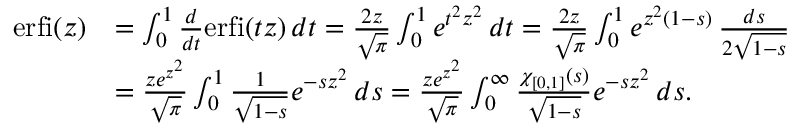
\begin{array} { r l } { \mathrm { e r f i } ( z ) } & { = \int _ { 0 } ^ { 1 } \frac { d } { d t } \mathrm { e r f i } ( t z ) \, d t = \frac { 2 z } { \sqrt { \pi } } \int _ { 0 } ^ { 1 } e ^ { t ^ { 2 } z ^ { 2 } } \, d t = \frac { 2 z } { \sqrt { \pi } } \int _ { 0 } ^ { 1 } e ^ { z ^ { 2 } ( 1 - s ) } \, \frac { d s } { 2 \sqrt { 1 - s } } } \\ & { = \frac { z e ^ { z ^ { 2 } } } { \sqrt { \pi } } \int _ { 0 } ^ { 1 } \frac { 1 } { \sqrt { 1 - s } } e ^ { - s z ^ { 2 } } \, d s = \frac { z e ^ { z ^ { 2 } } } { \sqrt { \pi } } \int _ { 0 } ^ { \infty } \frac { \chi _ { [ 0 , 1 ] } ( s ) } { \sqrt { 1 - s } } e ^ { - s z ^ { 2 } } \, d s . } \end{array}